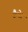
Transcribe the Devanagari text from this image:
कैमेर